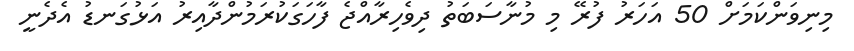
މިނިވަންކަމަށް 50 އަހަރު ފުރޭ މި މުނާސަބަތު ދިވެހިރާއްޖެ ފާހަގަކުރަމުންދާއިރު އަޅުގަނޑު އެދެނީ